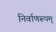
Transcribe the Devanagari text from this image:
निर्वाणरूपम्